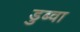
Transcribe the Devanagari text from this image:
डुब्वा